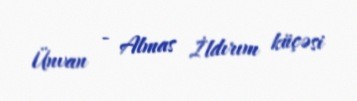
Ünvan - Almas İldırım küçəsi